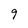
Character: 9